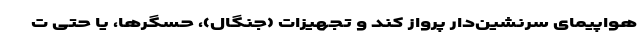
هواپیمای سرنشین‌دار پرواز کند و تجهیزات (جنگال)، حسگرها، یا حتی ت